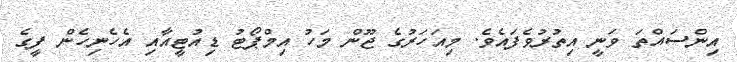
އިންސައްތަ ވަނީ އިތުރުވެފައެވެ. މިއަހަރުގެ ޖޫން މަހު އިމްޕޯޓު ޑިއުޓީއާއި އެހެނިހެން ފީގެ